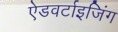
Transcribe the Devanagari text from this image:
ऐडवर्टाइजिंग